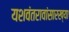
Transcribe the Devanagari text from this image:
यशवंतरावांसारख्या